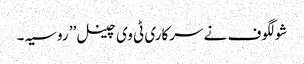
شولگوف نے سرکاری ٹی وی چینل ’’ روسیہ ۔